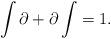
LaTeX: \begin{align*}\int \partial + \partial \int = 1.\end{align*}